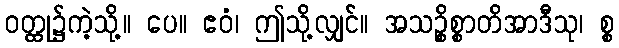
ဝတ္ထု၌ကဲ့သို့။ ပေ။ ဧဝံ၊ ဤသို့လျှင်။ အသဉ္စိစ္စာတိအာဒီသု၊ စ္စ